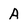
Character: A